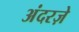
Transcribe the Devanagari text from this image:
अंदरज़े